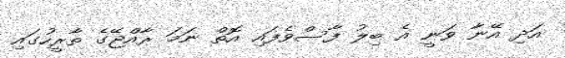
އަދި އޭނާ ވަނީ އެ ބިލު ފާސްވެފައި އޮތް ނަމަ ރާއްޖޭގެ ތާރީހުގައި